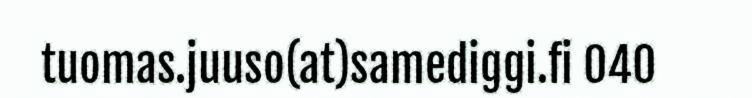
tuomas.juuso(at)samediggi.fi 040